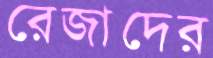
রেজাদের